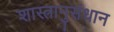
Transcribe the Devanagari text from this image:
शास्त्रानुसंधान